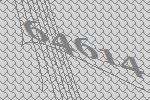
64614